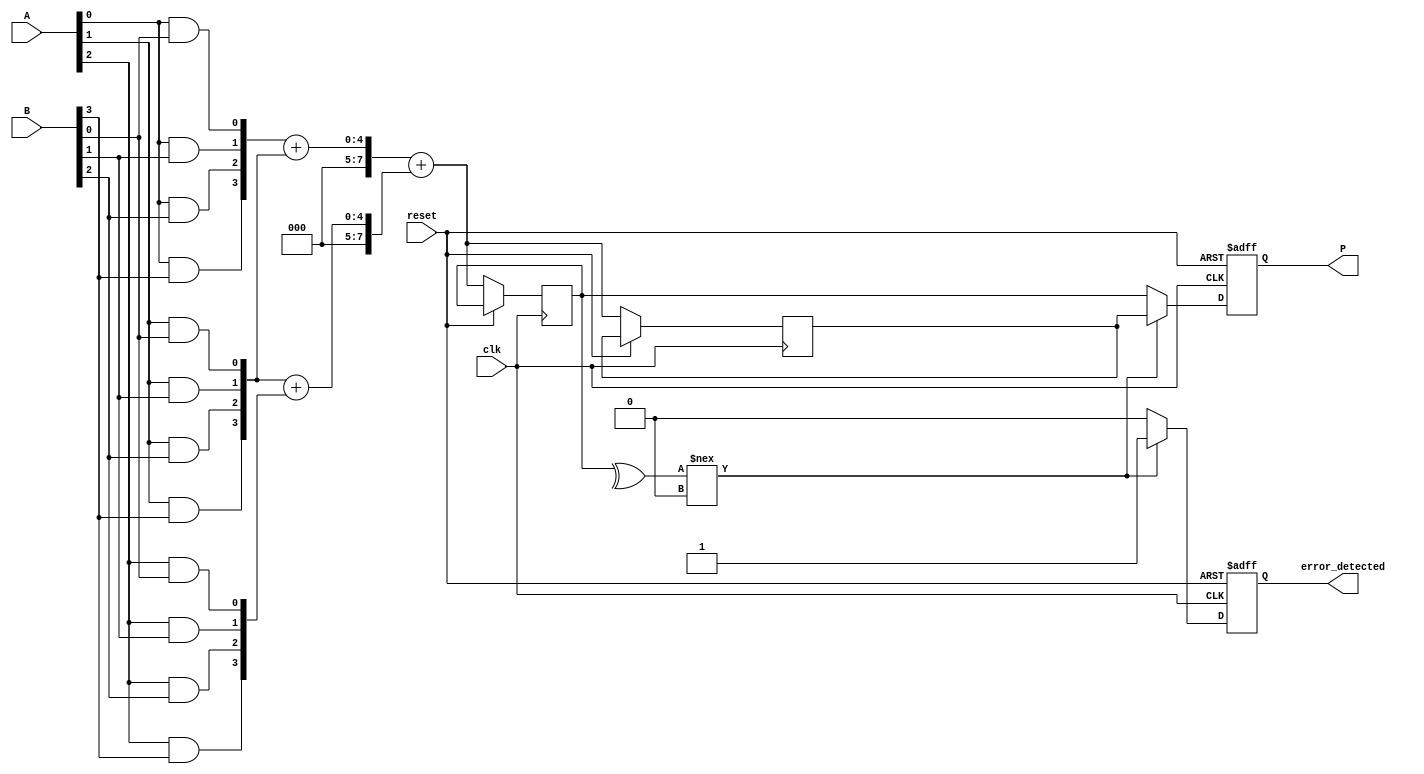
module FaultTolerantWallaceTreeMultiplier #(parameter N = 4, parameter M = 2*N) (
    input [N-1:0] A,
    input [N-1:0] B,
    input clk,
    input reset,
    output reg [M-1:0] P,
    output reg error_detected
);

// Internal wires and registers
wire [N-1:0] partial_products[N-1:0];
wire [M-1:0] sum_stage1[N-1:0];
wire [M-1:0] sum_stage2[N-1:0];
reg [M-1:0] final_sum;
reg [M-1:0] redundant_final_sum;

// Partial Product Generation
genvar i, j;
generate
    for (i = 0; i < N; i = i + 1) begin : pp_gen
        for (j = 0; j < N; j = j + 1) begin : pp_and
            assign partial_products[i][j] = A[i] & B[j];
        end
    end
endgenerate

// Wallace Tree Reduction (Simplified)
// Stage 1: Grouping and summing partial products
// This example uses simple addition for demonstration; a full Wallace tree is more complex.
generate
    for (i = 0; i < N; i = i + 1) begin : stage1
        assign sum_stage1[i] = partial_products[i] + partial_products[i + 1]; // Simplified
    end
endgenerate

// Stage 2: Final summation (again simplified)
always @(posedge clk or posedge reset) begin
    if (reset) begin
        P <= 0;
        error_detected <= 0;
    end else begin
        // Simple addition of sums from previous stage
        final_sum <= sum_stage1[0] + sum_stage1[1]; // Simplified
        redundant_final_sum <= sum_stage1[0] + sum_stage1[1]; // Redundant path

        // Error Detection (simple parity check for example)
        if (^final_sum !== 1'b0) begin // Parity check
            error_detected <= 1;
            P <= redundant_final_sum; // Switch to redundant path
        end else begin
            error_detected <= 0;
            P <= final_sum; // Normal operation
        end
    end
end

endmodule